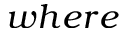
w h e r e